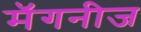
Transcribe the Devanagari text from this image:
मॅगनीज